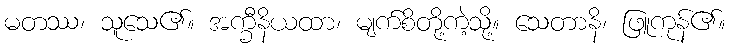
မတဿ၊ သူသေ၏။ အက္ခီနိယထာ၊ မျက်စိတို့ကဲ့သို့။ သေတာနိ၊ ဖြူကုန်၏။